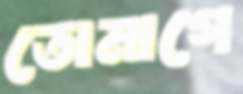
তোমাগে